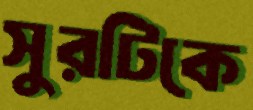
সুরটিকে